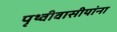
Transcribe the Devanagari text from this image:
पृथ्वीवासीयांना